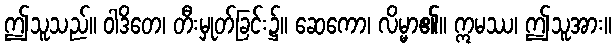
ဤသူသည်။ ဝါဒိတေ၊ တီးမှုတ်ခြင်း၌။ ဆေကော၊ လိမ္မာ၏။ ဣမဿ၊ ဤသူအား။